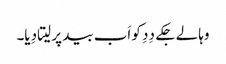
وہا لے جکے دِدِ کو اَب بید پر لیتا دِیا۔